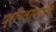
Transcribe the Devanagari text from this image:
प्रविलापयामि